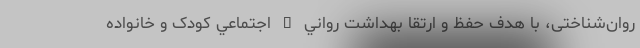
روان‌شناختی، با هدف حفظ و ارتقا بهداشت رواني – اجتماعي‌ کودک و خانواده